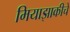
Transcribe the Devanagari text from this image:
मियाझाकीचे